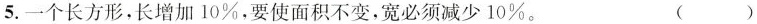
5.一个长方形，长增加10%，要使面积不变，宽必须减少10%。 ( )